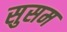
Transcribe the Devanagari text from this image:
सुसम